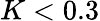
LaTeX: K<0.3